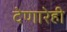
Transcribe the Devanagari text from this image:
देणारेही